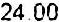
24.00